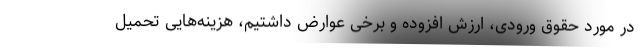
در مورد حقوق ورودی، ارزش افزوده و برخی عوارض داشتیم، هزینه‌هایی تحمیل